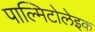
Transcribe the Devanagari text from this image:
पाल्मिटोलेइक